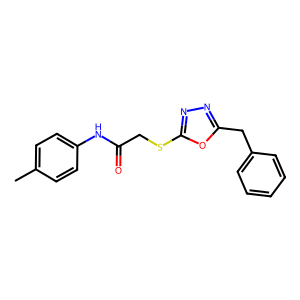
SMILES: Cc1ccc(NC(=O)CSc2nnc(Cc3ccccc3)o2)cc1
Inhibits HIV replication: No